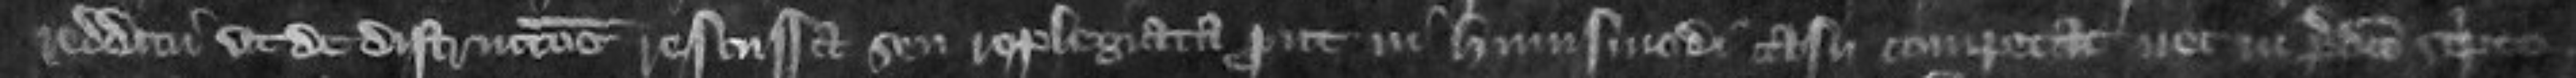
redditu ut de districtione rescussa seu replegiata prout in hujusmodi casu competat nec in predicto scripto